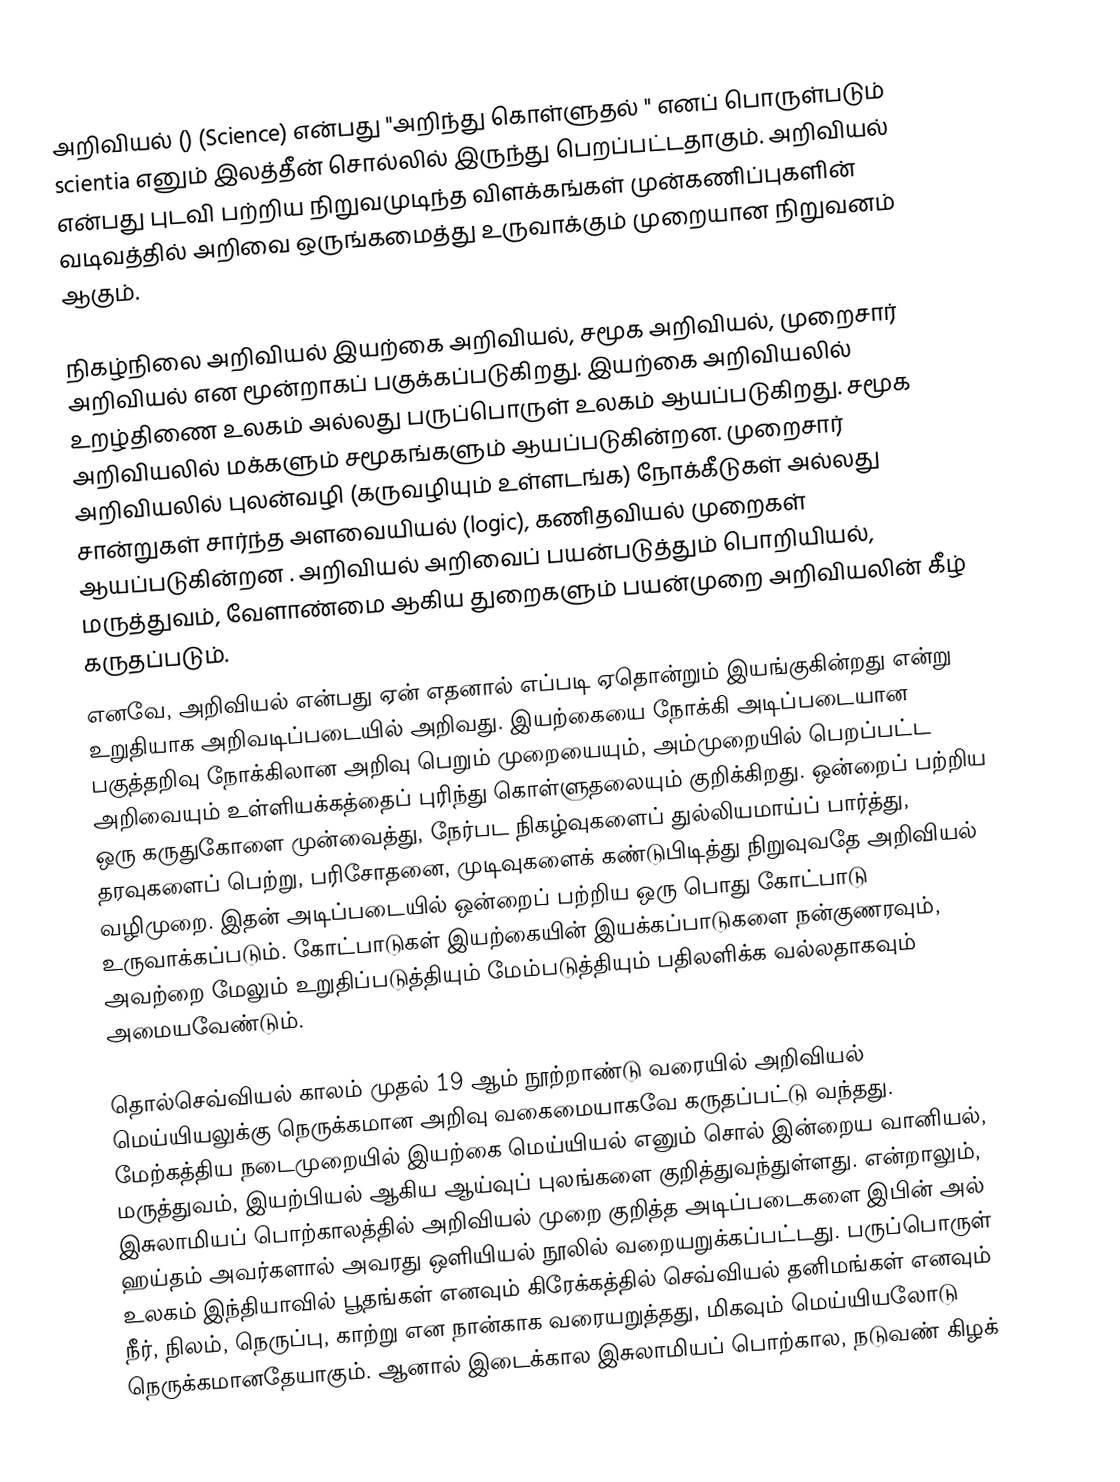
அறிவியல் () (Science) என்பது "அறிந்து கொள்ளுதல் " எனப் பொருள்படும் scientia எனும்  இலத்தீன் சொல்லில் இருந்து பெறப்பட்டதாகும். அறிவியல் என்பது புடவி பற்றிய நிறுவமுடிந்த விளக்கங்கள் முன்கணிப்புகளின் வடிவத்தில் அறிவை ஒருங்கமைத்து உருவாக்கும் முறையான நிறுவனம் ஆகும்.

நிகழ்நிலை அறிவியல் இயற்கை அறிவியல், சமூக அறிவியல், முறைசார் அறிவியல் என மூன்றாகப் பகுக்கப்படுகிறது. இயற்கை அறிவியலில் உறழ்திணை உலகம் அல்லது பருப்பொருள் உலகம் ஆயப்படுகிறது. சமூக அறிவியலில் மக்களும் சமூகங்களும் ஆயப்படுகின்றன. முறைசார் அறிவியலில் புலன்வழி (கருவழியும் உள்ளடங்க) நோக்கீடுகள் அல்லது சான்றுகள் சார்ந்த அளவையியல் (logic), கணிதவியல் முறைகள் ஆயப்படுகின்றன . அறிவியல் அறிவைப் பயன்படுத்தும் பொறியியல், மருத்துவம், வேளாண்மை ஆகிய துறைகளும் பயன்முறை அறிவியலின் கீழ் கருதப்படும்.
எனவே, அறிவியல் என்பது ஏன் எதனால் எப்படி ஏதொன்றும் இயங்குகின்றது என்று உறுதியாக அறிவடிப்படையில் அறிவது. இயற்கையை நோக்கி அடிப்படையான பகுத்தறிவு நோக்கிலான அறிவு பெறும் முறையையும், அம்முறையில் பெறப்பட்ட அறிவையும் உள்ளியக்கத்தைப் புரிந்து கொள்ளுதலையும் குறிக்கிறது. ஒன்றைப் பற்றிய ஒரு கருதுகோளை முன்வைத்து, நேர்பட நிகழ்வுகளைப் துல்லியமாய்ப் பார்த்து, தரவுகளைப் பெற்று, பரிசோதனை, முடிவுகளைக் கண்டுபிடித்து நிறுவுவதே அறிவியல் வழிமுறை. இதன் அடிப்படையில் ஒன்றைப் பற்றிய ஒரு பொது கோட்பாடு உருவாக்கப்படும். கோட்பாடுகள் இயற்கையின் இயக்கப்பாடுகளை நன்குணரவும், அவற்றை மேலும் உறுதிப்படுத்தியும் மேம்படுத்தியும் பதிலளிக்க வல்லதாகவும் அமையவேண்டும்.

தொல்செவ்வியல் காலம் முதல் 19 ஆம் நூற்றாண்டு வரையில் அறிவியல் மெய்யியலுக்கு நெருக்கமான அறிவு வகைமையாகவே கருதப்பட்டு வந்தது. மேற்கத்திய நடைமுறையில் இயற்கை மெய்யியல் எனும் சொல் இன்றைய வானியல், மருத்துவம், இயற்பியல் ஆகிய ஆய்வுப் புலங்களை குறித்துவந்துள்ளது. என்றாலும், இசுலாமியப் பொற்காலத்தில் அறிவியல் முறை குறித்த அடிப்படைகளை  இபின் அல் ஹய்தம் அவர்களால் அவரது  ஒளியியல் நூலில் வறையறுக்கப்பட்டது. பருப்பொருள் உலகம் இந்தியாவில் பூதங்கள் எனவும் கிரேக்கத்தில் செவ்வியல் தனிமங்கள் எனவும் நீர், நிலம், நெருப்பு, காற்று என நான்காக வரையறுத்தது, மிகவும் மெய்யியலோடு நெருக்கமானதேயாகும். ஆனால் இடைக்கால இசுலாமியப் பொற்கால, நடுவண் கிழக்